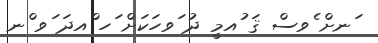
ަނށް ެވސް ޤަ ުއމީ ދު ަވހަކަށް ަހ ްއދަ ަވ ްނ